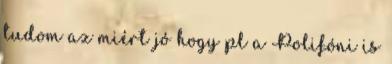
tudom az miért jó hogy pl a Polifóni is